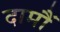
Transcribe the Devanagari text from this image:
दामौं